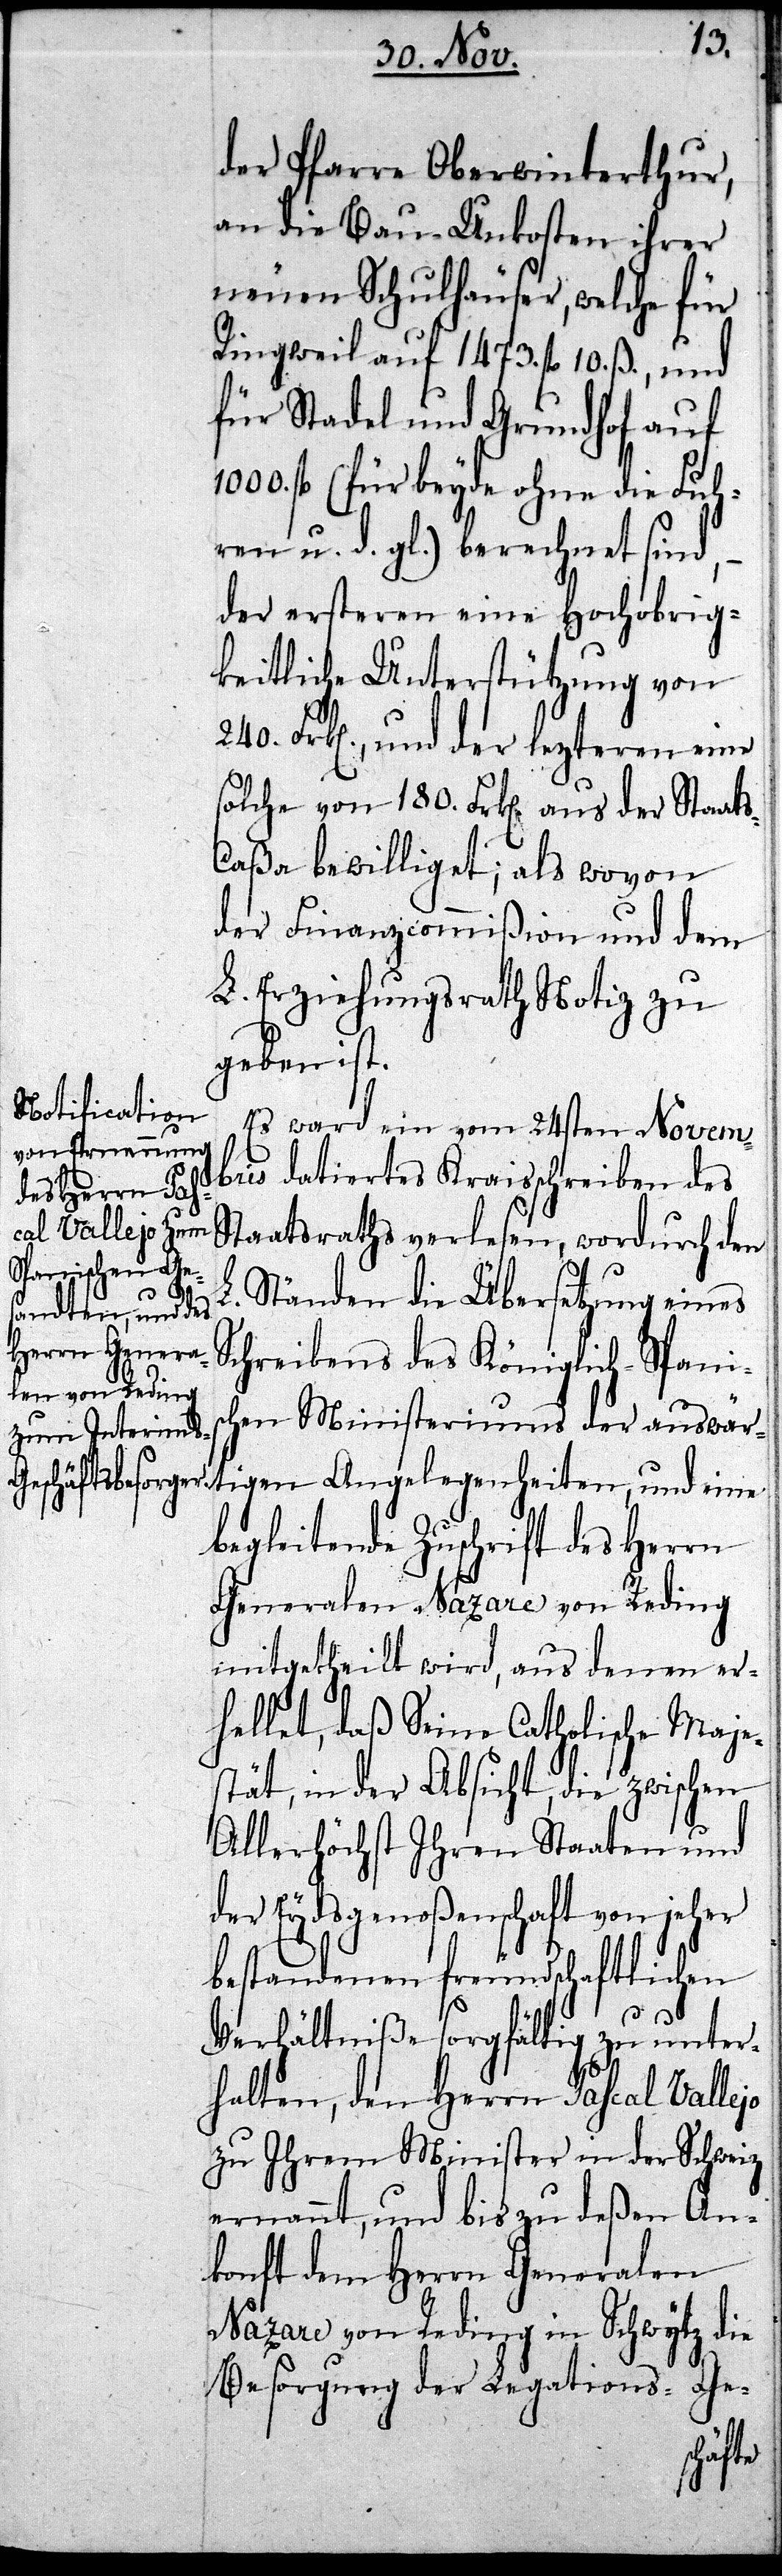
der Pfarre Oberwinterthur,
an die Bau-Unkosten ihrer
neuen Schulhäuser, welche für
Ringweil auf 1473. fl 10. ß., und
für Stadel und Grundhof auf
1000. fl (für beyde ohne die Fuh¬
ren u. d. gl.) berechnet sind,
der ersteren eine Hochobrig¬
keitliche Unterstützung von
240. Frken, und der lezteren eine
solche von 180. Frken aus der Staat¬
s-Caßa bewilliget; als wovon
der Finanzcommißion und dem
L. Erziehungsrath Notiz zu
geben ist.
Es ward ein vom 24sten Novem¬
bris datiertes Kraisschreiben des
Staatsraths verlesen, wordurch den
L. Ständen die Übersetzung eines
Schreibens des Königlich-Spani¬
schen Ministeriums der auswär¬
begleitende Zuschrift des Herrn
Generalen Nazare von Reding
mitgetheilt wird, aus denen er¬
hellet, daß Seine Catholische Maje¬
stät, in der Absicht, die zwischen
Allerhöchst Ihren Staaten und
der Eydsgenoßenschaft von jeher
bestandenen freundschaftlichen
Verhältniße sorgfältig zu unter¬
halten, den Herrn Pascal Vallejo
zu Ihrem Minister in der Schweiz
ernannt, und bis zu deßen An¬
konft dem Herrn Generalen
Nazare von Reding in Schwytz die
Besorgung der Legations-Ge-
tigen